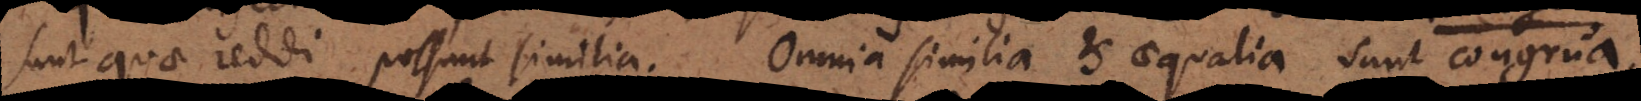
sunt quae reddi possunt similia. Omnia similia et aequalia sunt congrua.